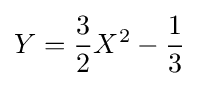
Y={\frac {3}{2}}X^{2}-{\frac {1}{3}}